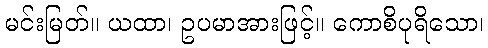
မင်းမြတ်။ ယထာ၊ ဥပမာအားဖြင့်။ ကောစိပုရိသော၊